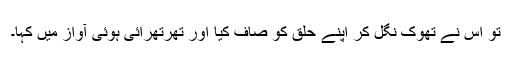
تو اس نے تھوک نگل کر اپنے حلق کو صاف کیا اور تھرتھرائی ہوئی آواز میں کہا۔